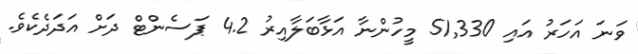
ވަނަ އަހަރު އައި 51